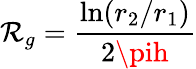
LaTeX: \mathcal{R}_{g}=\frac{{\mathrm{{ln}}(r_{2}/r_{1})}}{{2\pih}}